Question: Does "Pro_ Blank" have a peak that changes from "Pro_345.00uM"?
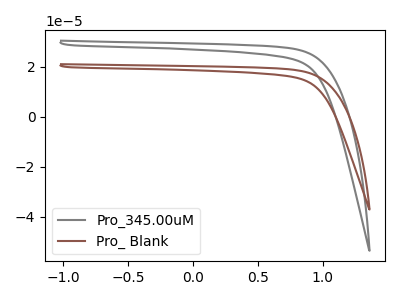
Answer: <think>The gray curve "Pro_345.00uM" has no peaks. The brown curve "Pro_ Blank" has no peaks.
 Neither "Pro_ Blank" or "Pro_345.00uM" have any peaks.</think>
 <answer>No, "Pro_ Blank" and "Pro_345.00uM" don't appear to be significantly different in shape</answer>
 <eval>no_change</eval>